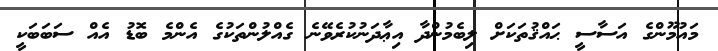
މައުމޫންގެ އަސާސީ ޙައްޤުތަކަށް ލިބެމުންދާ އިޢާދަނުކުރެވޭނެ ގެއްލުންތަކުގެ އެންމެ ބޮޑު އެއް ސަބަބަކީ